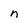
Character: n